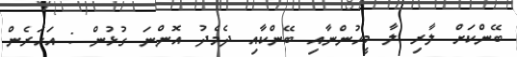
ބޭންކަށް ލާރި ލާ މީހުންނާއި ބޭންކާއި ދެމެދު އޮންނަ ގުޅުން : އަހަރެން